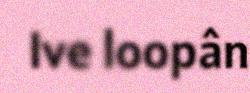
Ive loopân